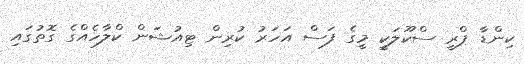
ކިންޑާ ޕްރީ ސްކޫލަކީ މީގެ ފަސް އަހަރު ކުރިން ޓިއުޝަން ކްލާހެއްގެ ގޮތުގައި